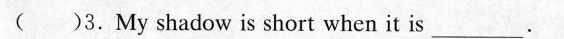
( )3. My shadow is short when it is ___